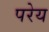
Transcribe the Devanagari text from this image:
परेय